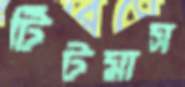
টিটমাস